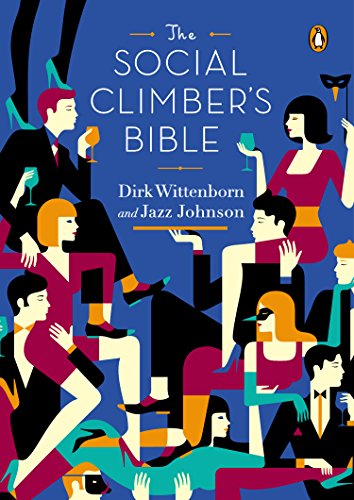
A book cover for The Social Climber's Bible: A Book of Manners, Practical Tips, and Spiritual Advice for the Upwardly Mobile; Dirk Wittenborn; Self-Help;